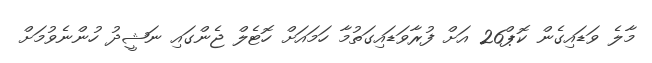
މާލެ ވަޑައިގެން ކޮޕް26 އަށް ފުރާވަޑައިގަތުމާ ހަމައަށް ހޮޓެލް ޖެންގައި ނަޝީދު ހުންނެވުމަށް